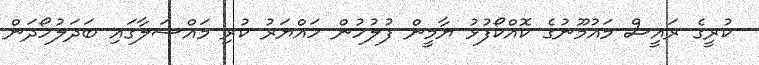
ކުރީގެ ރައީސް މައުމޫނުގެ ކޮއްކޯފުޅު ޔާމީން ފުލުހުން ހައްޔަރު ކުރި މައްސަލާގައި ބަދަލުހޯދަން